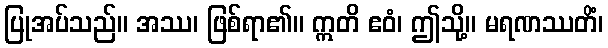
ပြုအပ်သည်။ အဿ၊ ဖြစ်ရာ၏။ ဣတိ ဧဝံ၊ ဤသို့။ မရဏဿတိံ၊